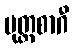
မုတ္တစာဂီ